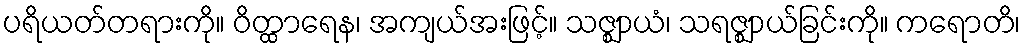
ပရိယတ်တရားကို။ ဝိတ္ထာရေန၊ အကျယ်အးဖြင့်။ သဇ္ဈာယံ၊ သရဇ္ဈာယ်ခြင်းကို။ ကရောတိ၊